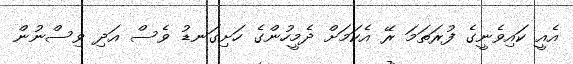
އެއީ ކައިވެނީގެ ފުރަތަމަ ރޭ އެކަމަށް ދެމީހުންގެ ހަށިގަނޑު ވެސް އަދި ވިސްނުން